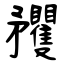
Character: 矡